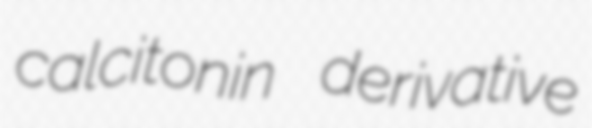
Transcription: calcitonin derivative